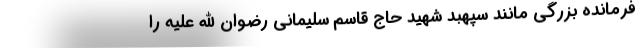
فرمانده بزرگی مانند سپهبد شهید حاج قاسم سلیمانی رضوان الله علیه را